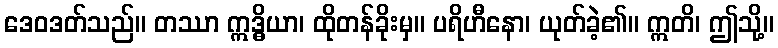
ဒေဝဒတ်သည်။ တဿာ ဣဒ္ဓိယာ၊ ထိုတန်ခိုးမှ။ ပရိဟီနော၊ ယုတ်ခဲ့၏။ ဣတိ၊ ဤသို့။